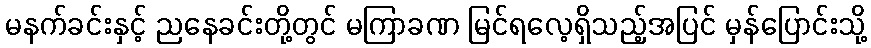
မနက်ခင်းနှင့် ညနေခင်းတို့တွင် မကြာခဏ မြင်ရလေ့ရှိသည့်အပြင် မှန်ပြောင်းသို့